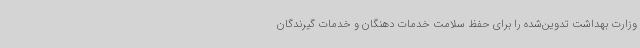
وزارت بهداشت تدوین‌شده را برای حفظ سلامت خدمات دهنگان و خدمات گیرندگان